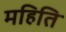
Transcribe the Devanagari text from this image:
महिति